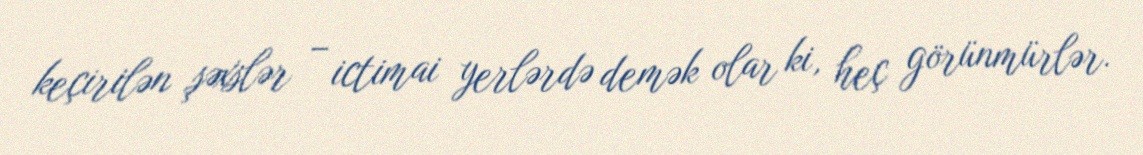
keçirilən şəxslər – ictimai yerlərdə demək olar ki, heç görünmürlər.